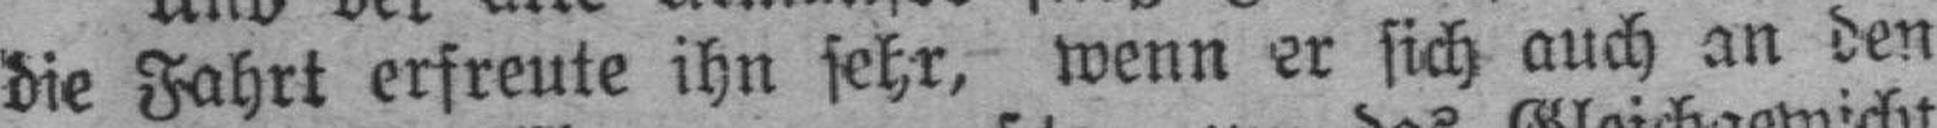
die Fahrt erfreute ihn sehr, wenn er sich auch an den